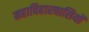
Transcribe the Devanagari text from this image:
महाविहारवासियों